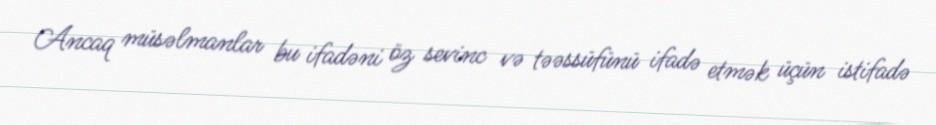
Ancaq müsəlmanlar bu ifadəni öz sevinc və təəssüfünü ifadə etmək üçün istifadə